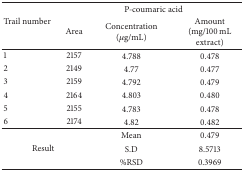
| <ROWSPAN=2> Trail number | <COLSPAN=3> P-coumaric acid |
 | Area | Concentration(μg/mL) | Amount (mg/100 mL extract) |
 | --- | --- | --- | --- |
 | 1 | 2157 | 4.788 | 0.478 |
 | 2 | 2149 | 4.77 | 0.477 |
 | 3 | 2159 | 4.792 | 0.479 |
 | 4 | 2164 | 4.803 | 0.480 |
 | 5 | 2155 | 4.783 | 0.478 |
 | 6 | 2174 | 4.82 | 0.482 |
 |  |  | Mean | 0.479 |
 | <COLSPAN=2> Result | S.D | 8.5713 |
 |  |  | %RSD | 0.3969 |